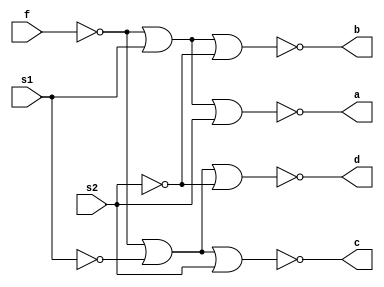
`timescale 1ns / 1ps
//////////////////////////////////////////////////////////////////////////////////
// Company: 
// Engineer: 
// 
// Design Name: 
// Module Name: demux
// Project Name: 
// Target Devices: 
// Tool Versions: 
// Description: 
// 
// Dependencies: 
// 
// Revision:
// Revision 0.01 - File Created
// Additional Comments:
// 
//////////////////////////////////////////////////////////////////////////////////

module demux (
input s1 ,
input s2 ,
input f ,
output a,
output b,
output c,
output d
) ;
wire not_s1 , not_s2 , not_f, y1 , y2, not_y1, not_y2;

nor(not_f, f, f) ;

nor(y1, not_f, s1) ;
nor(not_y1, y1, y1) ;
nor(a, not_y1, s2) ;

nor(not_s2, s2, s2) ;
nor(b, not_y1, not_s2) ;

nor(not_s1, s1, s1) ;
nor(y2, not_f, not_s1) ;
nor(not_y2, y2, y2) ;
nor(c, not_y2, s2) ;

nor(d, not_y2, not_s2) ;
endmodule